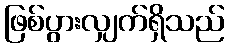
ဖြစ်ပွားလျှက်ရှိသည်